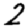
Digit: 2